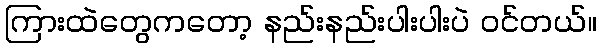
ကြားထဲတွေကတော့ နည်းနည်းပါးပါးပဲ ဝင်တယ်။